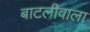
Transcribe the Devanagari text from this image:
बाटलीवाला